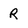
Character: R